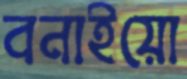
বনাইয়ো